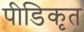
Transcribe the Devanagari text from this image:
पीडिकृत